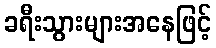
ခရီးသွားများအနေဖြင့်